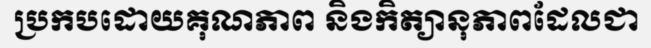
ប្រកបដោយគុណភាព និងកិត្យានុភាពដែលជា